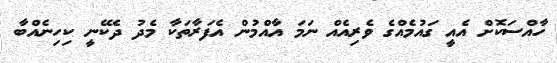
ހާއްސަކޮށް އެއީ ގައުމެއްގެ ވެރިއެއް ނަަމަ އާއްމުން އެފަރާތަކާ މެދު ދެކޭނީ ކިހިނެއްބާ